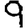
Digit: 9